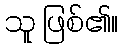
သူ ဖြစ်၏။